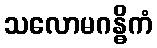
သလောမဂန္ဓိကံ